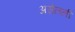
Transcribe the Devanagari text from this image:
असेलली